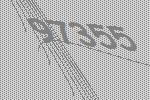
97355